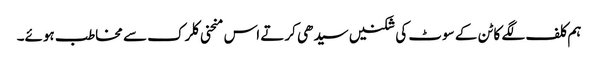
ہم کلف لگے کاٹن کے سوٹ کی شکنیں سیدھی کرتے اس منحنی کلرک سے مخاطب ہوئے۔